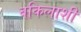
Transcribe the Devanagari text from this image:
वकिलाशी